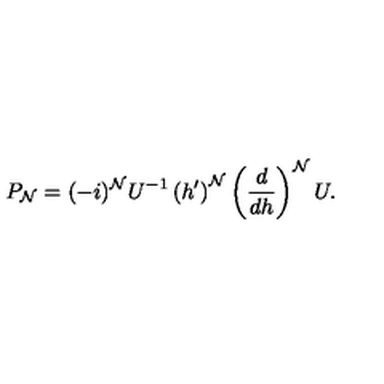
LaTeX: P _ { \cal N } = ( - i ) ^ { \cal N } U ^ { - 1 } \left( h ^ { \prime } \right) ^ { \cal N } \left( \frac { d } { d h } \right) ^ { \cal N } U .